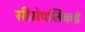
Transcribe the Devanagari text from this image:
सीमेपलिकडे